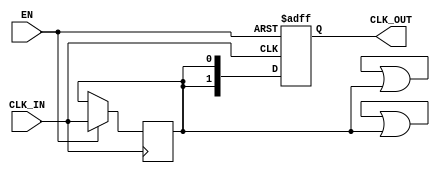
module clock_buffer #(
    parameter NUM_OUTPUTS = 2,          // Number of clock outputs
    parameter DRIVE_STRENGTH = 2,       // Drive strength configuration (1, 2, or 3)
    parameter DELAY = 1                   // Propagation delay in simulation units
)(
    input wire CLK_IN,                   // Clock input
    input wire EN,                       // Enable signal
    output reg [NUM_OUTPUTS-1:0] CLK_OUT // Clock outputs
);

    // Internal signal for clock conditioning
    reg clk_cond;

    // Clock conditioning process
    always @(posedge CLK_IN or negedge EN) begin
        if (!EN) begin
            // If disabled, set outputs to low
            CLK_OUT <= {NUM_OUTPUTS{1'b0}};
        end else begin
            // Buffer the clock signal with specified delay
            clk_cond <= CLK_IN;
            #DELAY; // Simulate propagation delay
            CLK_OUT <= {NUM_OUTPUTS{clk_cond}};
        end
    end

    // Drive strength simulation (for synthesis, this would be handled by the technology library)
    generate
        genvar i;
        for (i = 0; i < NUM_OUTPUTS; i = i + 1) begin : drive_strength
            // Here we would typically configure the drive strength based on the parameter
            // For simulation purposes, we will just assign the buffered clock
            assign CLK_OUT[i] = (DRIVE_STRENGTH == 1) ? (CLK_OUT[i] & clk_cond) :
                                (DRIVE_STRENGTH == 2) ? (CLK_OUT[i] | clk_cond) :
                                (DRIVE_STRENGTH == 3) ? (clk_cond) : clk_cond;
        end
    endgenerate

endmodule